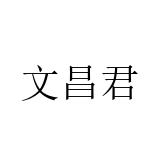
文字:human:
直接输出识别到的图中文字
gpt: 文昌君